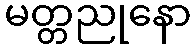
မတ္တညုနော